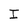
Character: I